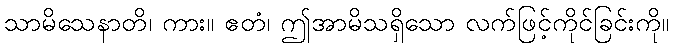
သာမိသေနာတိ၊ ကား။ ဧတံ၊ ဤအာမိသရှိသော လက်ဖြင့်ကိုင်ခြင်းကို။